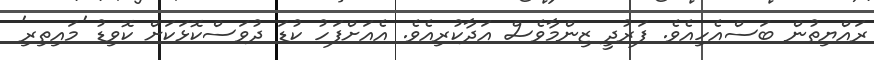
ރައްޔިތުން ބަސްއެހިއެވެ. ފަރުދީ ޒިންމާވެސް އަދާކުރިއެވެ. އެއަށްފަހު ކުޑަ ދުވަސްކޮޅަކަށް ކޮވިޑު 'މައިތިރި'